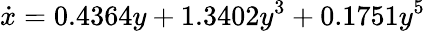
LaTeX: \dot{x}=0.4364y+1.3402y^{3}+0.1751y^{5}